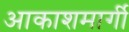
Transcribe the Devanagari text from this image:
आकाशमार्गी